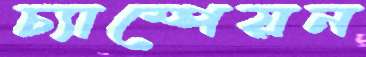
চ্যাম্পেয়ন